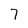
Character: 7